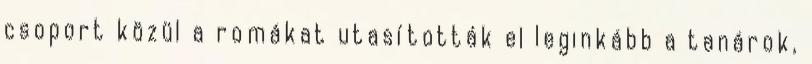
csoport közül a romákat utasították el leginkább a tanárok,